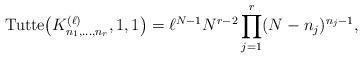
LaTeX: \begin{gather*}{\rm Tutte}\big(K_{n_1,\ldots,n_r}^{(\ell)},1,1\big) = \ell^{N-1} N^{r-2} \prod_{j=1}^{r} (N-n_j)^{n_j-1},\end{gather*}